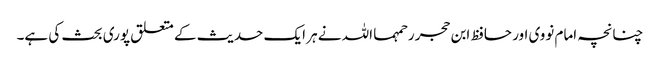
چنانچہ امام نووی اور حافظ ابن حجر رحمہما اللہ نے ہر ایک حدیث کے متعلق پوری بحث کی ہے۔